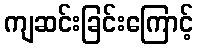
ကျဆင်းခြင်းကြောင့်